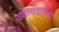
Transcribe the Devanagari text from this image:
व्यक्तिरेखांचीही